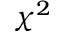
\chi ^ { 2 }